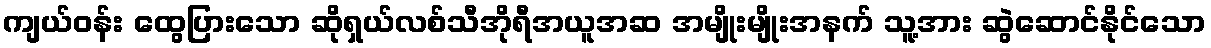
ကျယ်ဝန်း ထွေပြားသော ဆိုရှယ်လစ်သီအိုရီအယူအဆ အမျိုးမျိုးအနက် သူ့အား ဆွဲဆောင်နိုင်သော